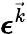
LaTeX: \boldsymbol{\epsilon}^{\vec{k}}